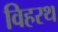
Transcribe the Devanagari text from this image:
विहरथ